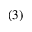
( 3 )